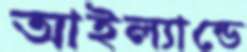
আইল্যান্ডে